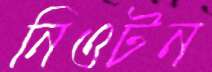
নিওটন